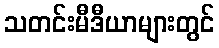
သတင်းမီဒီယာများတွင်